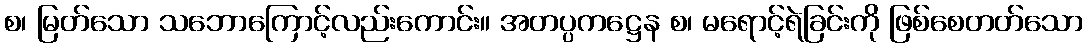
စ၊ မြတ်သော သဘောကြောင့်လည်းကောင်း။ အတပ္ပကဋ္ဌေန စ၊ မရောင့်ရဲခြင်းကို ဖြစ်စေတတ်သော